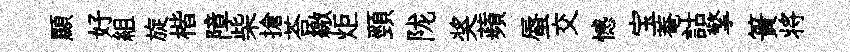
顯好組旋楷障柴搶荅繳炬頸陇奖蘋蜃交憾宝菴詁擎簣将